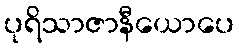
ပုရိသာဇာနီယောပေ